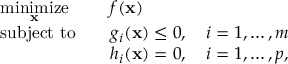
{ \begin{array} { r l r l } & { { \underset { \mathbf { x } } { \operatorname { m i n i m i z e } } } } & & { f ( \mathbf { x } ) } \\ & { \operatorname { s u b j e c t \ t o } } & & { g _ { i } ( \mathbf { x } ) \leq 0 , \quad i = 1 , \dots , m } \\ & { } & & { h _ { i } ( \mathbf { x } ) = 0 , \quad i = 1 , \dots , p , } \end{array} }